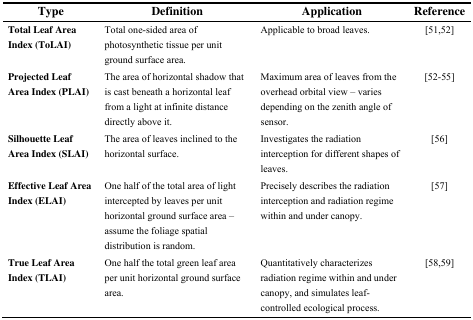
| Type | Definition | Application | Reference |
 | --- | --- | --- | --- |
 | Total Leaf Area Index (ToLAI) | Total one-sided area of photosynthetic tissue per unit ground surface area. | Applicable to broad leaves. | [51,52] |
 | Projected Leaf Area Index (PLAI) | The area of horizontal shadow that is cast beneath a horizontal leaf from a light at infinite distance directly above it. | Maximum area of leaves from the overhead orbital view – varies depending on the zenith angle of sensor. | [52–55] |
 | Silhouette Leaf Area Index (SLAI) | The area of leaves inclined to the horizontal surface. | Investigates the radiation interception for different shapes of leaves. | [56] |
 | Effective Leaf Area Index (ELAI) | One half of the total area of light intercepted by leaves per unit horizontal ground surface area – assume the foliage spatial distribution is random. | Precisely describes the radiation interception and radiation regime within and under canopy. | [57] |
 | True Leaf Area Index (TLAI) | One half the total green leaf area per unit horizontal ground surface area. | Quantitatively characterizes radiation regime within and under canopy, and simulates leaf-controlled ecological process. | [58,59] |